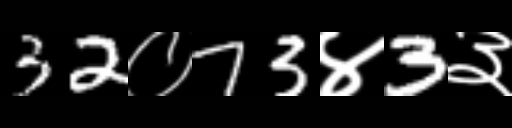
Text: 32०73४3३